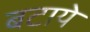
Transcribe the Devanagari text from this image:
बटाये